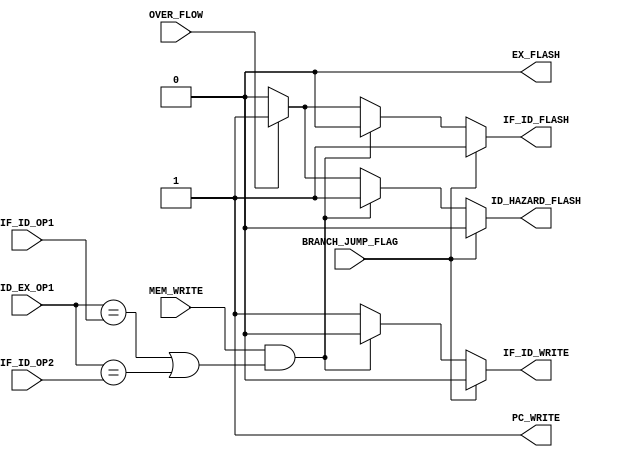
module Hazard
#(parameter DS = 4)
(
input [DS - 1 : 0] IF_ID_OP1, IF_ID_OP2, ID_EX_OP1, 
input MEM_WRITE, OVER_FLOW, BRANCH_JUMP_FLAG, 
output reg IF_ID_WRITE, IF_ID_FLASH, ID_HAZARD_FLASH, EX_FLASH, PC_WRITE
);
 

	/*********************************************
	 *	
	 *
	 *		Branch 
	 * PC 1, IF_ID_WRite 1, ID_HAZARD 1, 
	 * EX_Flash 0, 
	 * *******************************************/
	always@(*)
	
	
	begin
	if( BRANCH_JUMP_FLAG )
		begin	
		IF_ID_WRITE = 1'b0;
		IF_ID_FLASH = 1'b1;
		ID_HAZARD_FLASH = 1'b0;
		EX_FLASH = 1'b0;
		PC_WRITE = 1'b1;
		end 
	
	/*************************************************
	*
 	*	
 	*
 	*	         LW Hazard	
	*IF HAZARD -> WRITE DISABLE, ID HAZAARD FLASH, 
	*
 	* ***********************************************/
	else if(  MEM_WRITE && ( (ID_EX_OP1 == IF_ID_OP1) || (ID_EX_OP1 == IF_ID_OP2)) ) 	
		begin	
		IF_ID_WRITE = 1'b0;
		IF_ID_FLASH = 1'b0;
		ID_HAZARD_FLASH = 1'b1;
		EX_FLASH = 1'b0;
		PC_WRITE = 1'b1;
		end
	/*********************************************
	 *	
	 *
	 *		Overflow
	 *
	 *
	 * *******************************************/
	else if(OVER_FLOW)
		begin 
		IF_ID_WRITE = 1'b1;
		IF_ID_FLASH = 1'b1;
		ID_HAZARD_FLASH = 1'b1;
		EX_FLASH = 1'b0;
		PC_WRITE = 1'b1;
		end
	/*********************************************
	 *	
	 *
	 *		Default
	 *
	 *
	 * *******************************************/
	else 

		begin 
		IF_ID_WRITE = 1'b1;
		IF_ID_FLASH = 1'b0;
		ID_HAZARD_FLASH = 1'b0;
		EX_FLASH = 1'b0;
		PC_WRITE = 1'b1;
		end 
/*	
	$display("From Hazard Unit");
	$display(" MEM_WRITE %b", MEM_WRITE);
	$display(" OVER_FLOW %b", OVER_FLOW);
	$display(" BRANCH_JUMP_FLAG %b", BRANCH_JUMP_FLAG);
	$display(" PC_WRITE %b", PC_WRITE);
	$display(" IF_ID_WRITE %b", IF_ID_WRITE);
	$display(" IF_ID_FLASH %b", IF_ID_FLASH);
*/



//	$display("--------------------------------------------------------------------------------------------------------------------");
//	$display("-------------------------------------------------Hazard Unit-----------------------------------------------");

//	$display("IF_ID_WRITE %b, IF_ID_FLASH %b, ID_HAZARD_FLASH %b, EX_FLASH %b, PC_WRITE",IF_ID_WRITE, IF_ID_FLASH, ID_HAZARD_FLASH, EX_FLASH, PC_WRITE );

//	$display("--------------------------------------------------------------------------------------------------------------------");
 	
	end 
endmodule